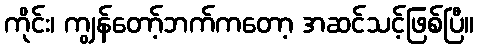
ကိုင်း၊ ကျွန်တော့်ဘက်ကတော့ အဆင်သင့်ဖြစ်ပြီ။